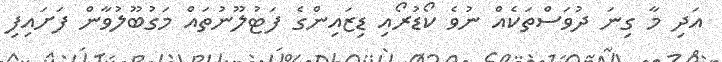
އަދި މާ ގިނަ ދުވަސްތަކެއް ނުވެ ކޯޑުރޯއި ޑިޒައިންގެ ފަޓުލޫނުތައް މަގުބޫލުވާން ފަށައިފި